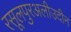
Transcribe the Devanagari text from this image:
रसूलपुरअलीउदीन